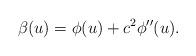
LaTeX: \begin{align*}\beta (u)=\phi (u)+c^{2}\phi ^{\prime \prime }(u). \end{align*}